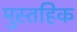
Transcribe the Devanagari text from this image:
मुस्तहिक